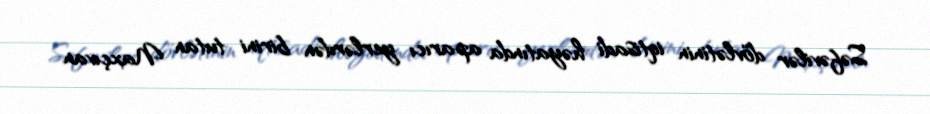
Səfəvilər dövlətinin iqtisadi həyatında aparıcı yerlərdən birini tutan Naxçıvan